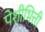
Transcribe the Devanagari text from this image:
पेशीभित्ती